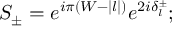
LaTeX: S _ { \pm } = e ^ { i \pi ( W - | l | ) } e ^ { 2 i \delta _ { l } ^ { \pm } } ;